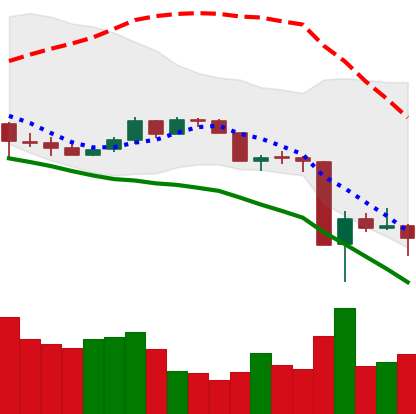
Ticker: DOGE-USD
Chart end date: 2020-03-16
Forward return: 12.476%
Label: up_7plus